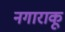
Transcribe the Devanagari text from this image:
नगाराकू